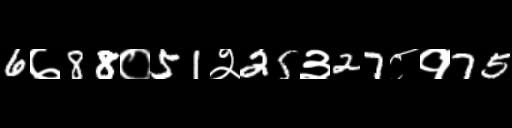
Text: 6७88०51२25३27८१75